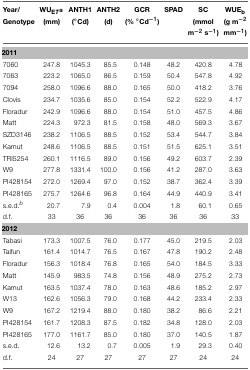
<table><thead><tr><td><b>Year/Genotype</b></td><td><b>WU<sup>a</sup><sub>ET</sub>(mm)</b></td><td><b>ANTH1(°Cd)</b></td><td><b>ANTH2(d)</b></td><td><b>GCR(% ° Cd<sup>−1</sup>)</b></td><td><b>SPAD</b></td><td><b>SC(mmol m<sup>−2</sup>s<sup>−1</sup>)</b></td><td><b>WUE<sub>b</sub>(g m<sup>−2</sup> mm<sup>−1</sup>)<sub>b</sub></b></td></tr></thead><tbody><tr><td colspan="8"><b>2011</b></td></tr><tr><td>7060</td><td>247.8</td><td>1045.3</td><td>85.5</td><td>0.148</td><td>48.2</td><td>420.8</td><td>4.78</td></tr><tr><td>7063</td><td>223.2</td><td>1065.0</td><td>86.5</td><td>0.159</td><td>50.4</td><td>547.8</td><td>4.92</td></tr><tr><td>7094</td><td>258.0</td><td>1096.6</td><td>88.0</td><td>0.165</td><td>50.0</td><td>418.2</td><td>3.76</td></tr><tr><td>Clovis</td><td>234.7</td><td>1035.6</td><td>85.0</td><td>0.154</td><td>52.2</td><td>522.9</td><td>4.17</td></tr><tr><td>Floradur</td><td>242.9</td><td>1096.6</td><td>88.0</td><td>0.154</td><td>51.0</td><td>457.5</td><td>4.86</td></tr><tr><td>Matt</td><td>224.3</td><td>972.3</td><td>81.5</td><td>0.158</td><td>48.0</td><td>569.3</td><td>3.67</td></tr><tr><td>SZD3146</td><td>238.2</td><td>1106.5</td><td>88.5</td><td>0.152</td><td>53.4</td><td>544.7</td><td>3.84</td></tr><tr><td>Kamut</td><td>248.6</td><td>1106.5</td><td>88.5</td><td>0.151</td><td>51.5</td><td>625.1</td><td>3.51</td></tr><tr><td>TRI5254</td><td>260.1</td><td>1116.5</td><td>89.0</td><td>0.156</td><td>49.2</td><td>603.7</td><td>2.39</td></tr><tr><td>W9</td><td>277.8</td><td>1331.4</td><td>100.0</td><td>0.156</td><td>41.2</td><td>287.0</td><td>3.63</td></tr><tr><td>PI428154</td><td>272.0</td><td>1269.4</td><td>97.0</td><td>0.152</td><td>38.7</td><td>362.4</td><td>3.39</td></tr><tr><td>PI428165</td><td>275.7</td><td>1264.6</td><td>96.8</td><td>0.164</td><td>44.9</td><td>440.9</td><td>3.41</td></tr><tr><td>s.e.d.<sup>b</sup></td><td>20.7</td><td>7.9</td><td>0.4</td><td>0.004</td><td>1.8</td><td>60.1</td><td>0.65</td></tr><tr><td>d.f.</td><td>33</td><td>36</td><td>36</td><td>36</td><td>36</td><td>36</td><td>33</td></tr><tr><td colspan="8"><b>2012</b></td></tr><tr><td>Tabasi</td><td>173.3</td><td>1007.5</td><td>76.0</td><td>0.177</td><td>45.0</td><td>219.5</td><td>2.03</td></tr><tr><td>Taifun</td><td>161.4</td><td>1014.7</td><td>76.5</td><td>0.167</td><td>47.8</td><td>190.2</td><td>2.48</td></tr><tr><td>Floradur</td><td>156.3</td><td>1018.4</td><td>76.8</td><td>0.165</td><td>54.0</td><td>184.5</td><td>3.33</td></tr><tr><td>Matt</td><td>145.9</td><td>983.5</td><td>74.8</td><td>0.156</td><td>48.9</td><td>275.2</td><td>2.73</td></tr><tr><td>Kamut</td><td>163.5</td><td>1037.4</td><td>78.0</td><td>0.163</td><td>48.6</td><td>185.2</td><td>2.97</td></tr><tr><td>W13</td><td>162.6</td><td>1056.3</td><td>79.0</td><td>0.168</td><td>44.2</td><td>233.4</td><td>2.33</td></tr><tr><td>W9</td><td>167.2</td><td>1219.4</td><td>88.0</td><td>0.180</td><td>38.2</td><td>86.6</td><td>2.21</td></tr><tr><td>PI428154</td><td>161.7</td><td>1208.3</td><td>87.5</td><td>0.182</td><td>34.8</td><td>128.0</td><td>2.03</td></tr><tr><td>PI428165</td><td>177.0</td><td>1161.7</td><td>85.0</td><td>0.180</td><td>37.0</td><td>140.5</td><td>1.87</td></tr><tr><td>s.e.d.</td><td>12.6</td><td>13.2</td><td>0.7</td><td>0.005</td><td>1.9</td><td>29.3</td><td>0.40</td></tr><tr><td>d.f.</td><td>24</td><td>27</td><td>27</td><td>27</td><td>27</td><td>24</td><td>24</td></tr></tbody></table>